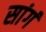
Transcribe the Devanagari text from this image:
सांगं